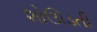
શોઊડતી